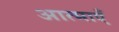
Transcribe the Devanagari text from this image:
आत्‍माएँ